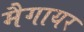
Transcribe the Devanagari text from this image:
मैगायर